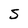
Character: S